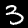
Label: 3